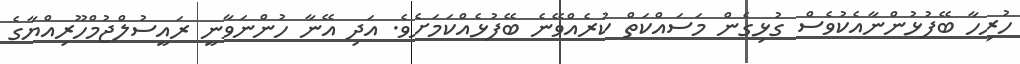
ހުރިހާ ބޭފުޅުންނާއެކުވެސް ގުޅިގެން މަސައްކަތް ކުރެއްވޭނެ ބޭފުޅެއްކަމަށެވެ. އަދި އޭނާ ހުންނަވާނީ ރައީސުލްޖުމްހޫރިއްޔާގެ